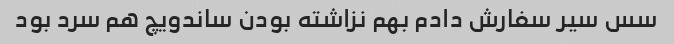
سس سیر سفارش دادم بهم نزاشته بودن ساندویچ هم سرد بود